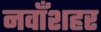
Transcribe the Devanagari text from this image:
नवाँशहर